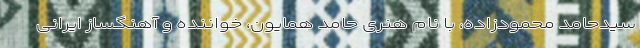
سیدحامد محمودزاده، با نام هنری حامد همایون، خواننده و آهنگساز ایرانی